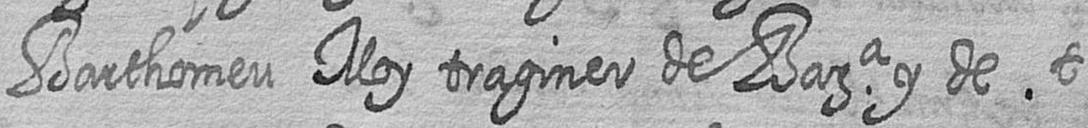
Barthomeu Moy traginer de Bara y de t